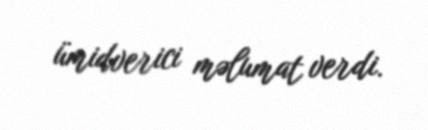
ümidverici məlumat verdi.